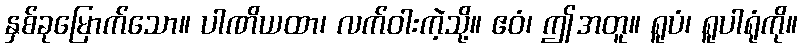
နှစ်ခုမြောက်သော။ ပါဏိယထာ၊ လက်ဝါးကဲ့သို့။ ဧဝံ၊ ဤအတူ။ ရူပံ၊ ရူပါရုံကို။